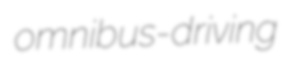
omnibus-driving